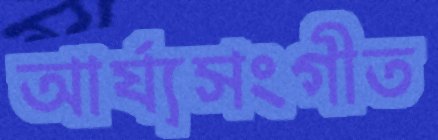
আর্য্যসংগীত